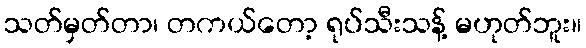
သတ်မှတ်တာ၊ တကယ်တော့ ရုပ်သီးသန့် မဟုတ်ဘူး။